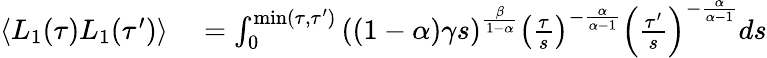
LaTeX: \begin{array}{rl}{\langle L_{1}(\tau)L_{1}(\tau^{\prime})\rangle}&{{}=\int_{0}^{\mathrm{min}(\tau,\tau^{\prime})}\left((1-\alpha)\gamma s\right)^{\frac{\beta}{1-\alpha}}\left(\frac{\tau}{s}\right)^{-\frac{\alpha}{\alpha-1}}\left(\frac{\tau^{\prime}}{s}\right)^{-\frac{\alpha}{\alpha-1}}ds}\end{array}